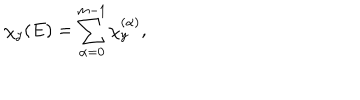
\chi _ { y } ( E ) = \sum _ { \alpha = 0 } ^ { m - 1 } \chi _ { y } ^ { ( \alpha ) } ,